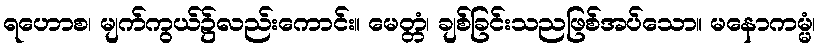
ရဟောစ၊ မျက်ကွယ်၌လည်းကောင်း။ မေတ္တံ၊ ချစ်ခြင်းသညဖြစ်အပ်သော။ မနောကမ္မံ၊